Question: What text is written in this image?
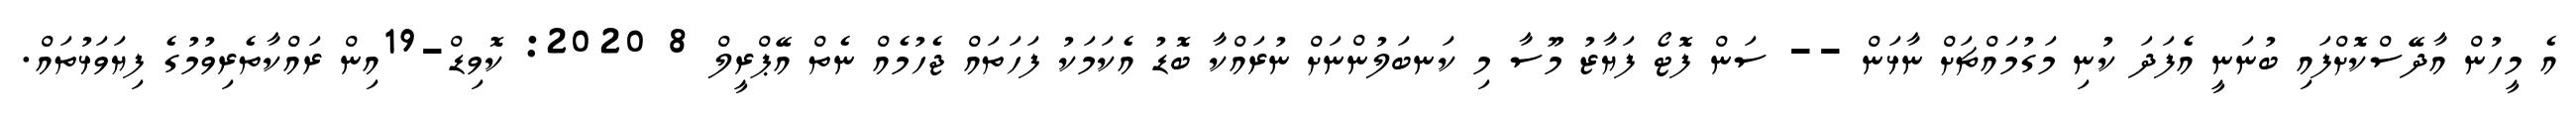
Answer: އެ މީހުން އާދޭސްކޮށްފައި ބުނަނީ އެފަދަ ކުނި މަގުމައްޗަށް ނާޅަން -- ސަން ފޮޓޯ ފަޔާޒު މޫސާ މި ކަނބަލުންނަށް ނުރައްކާ ބޮޑު އެކަމަކު ފަހަތައް ޖެހުމެއް ނެތް އޭޕްރީލް 8 2020: ކޮވިޑް-19އިން ރައްކާތެރިވުމުގެ ފިޔަވަޅުތައް.